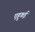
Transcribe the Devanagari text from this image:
एहुकई